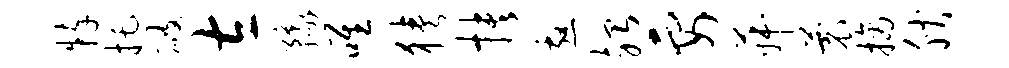
粹托破左豫唯狭抉邀殆要菽蓑摘腴